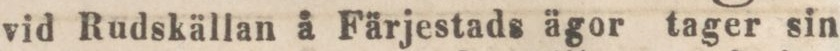
vid Rudskällan å Färjestads ägor tager sin